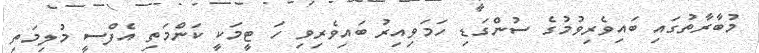
މުބާރާތުގައި ބައިވެރިވުމުގެ ސުންގަޑި ހަމަވިއިރު ބައިވެރިވި ހަ ޓީމަކީ ކަންމަތި އެފްސީ މުލިމަތި